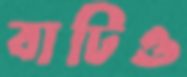
বাটিও